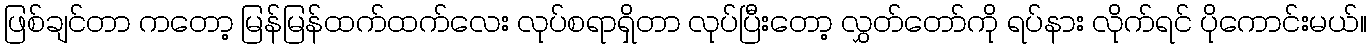
ဖြစ်ချင်တာ ကတော့ မြန်မြန်ထက်ထက်လေး လုပ်စရာရှိတာ လုပ်ပြီးတော့ လွှတ်တော်ကို ရပ်နား လိုက်ရင် ပိုကောင်းမယ်။